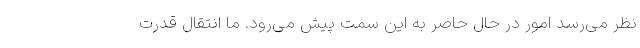
نظر می‌رسد امور در حال حاضر به این سمت پیش می‌رود. ما انتقال قدرت